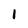
Character: 1